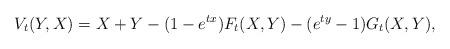
LaTeX: \begin{align*}V_t(Y,X)=X+Y-(1-e^{tx})F_t(X,Y)-(e^{ty}-1)G_t(X,Y),\end{align*}